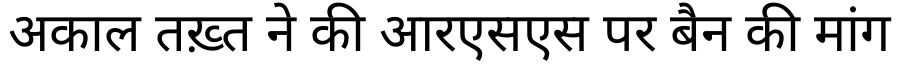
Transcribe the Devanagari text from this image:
अकाल तख़्त ने की आरएसएस पर बैन की मांग